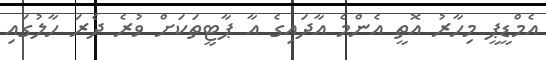
އެމްޑީޕީ މިހާރު އޮތީ އެންމެ އާދައިގެ އާ ޕާޓީތަކަށް ވުރެ ދެރަ ހާލުގައި